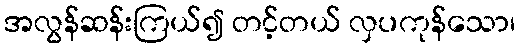
အလွန်ဆန်းကြယ်၍ တင့်တယ် လှပကုန်သော၊